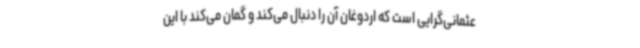
عثمانی‌گرایی است که اردوغان آن را دنبال می‌کند و گمان می‌کند با این